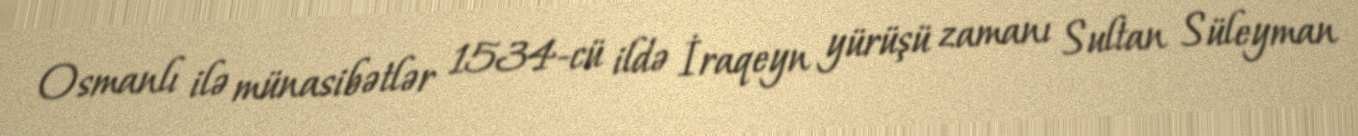
Osmanlı ilə münasibətlər 1534-cü ildə İraqeyn yürüşü zamanı Sultan Süleyman